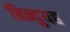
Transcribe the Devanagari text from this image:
बिन्दुयह